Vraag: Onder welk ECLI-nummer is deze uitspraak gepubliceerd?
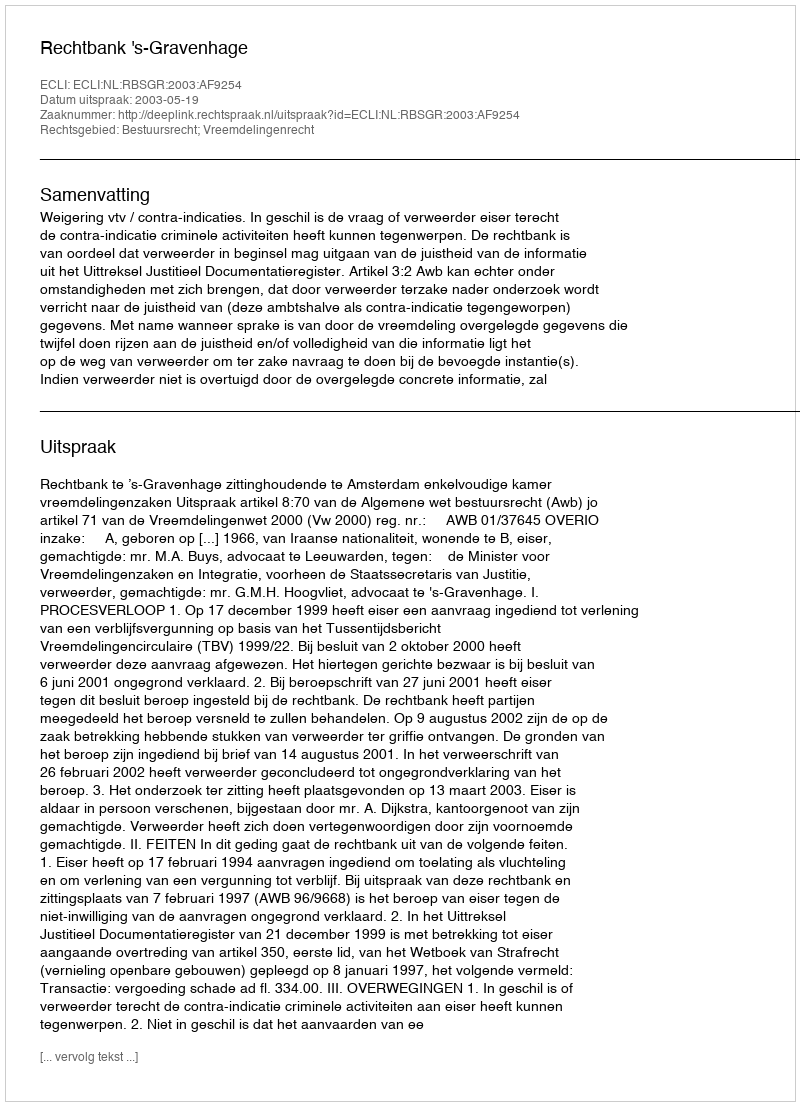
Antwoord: ECLI:NL:RBSGR:2003:AF9254